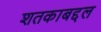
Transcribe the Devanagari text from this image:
शतकाबद्दल